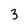
Character: 3